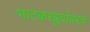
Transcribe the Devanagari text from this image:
भाटकरबुवांवरच